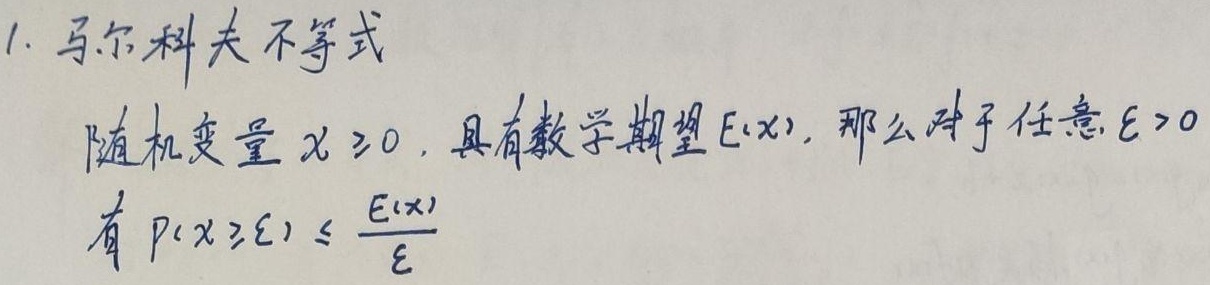
1. 马尔科夫不等式：随机变量 \(X \geq 0\)，具有数学期望 \(E(X)\)，那么对于任意 \(\varepsilon>0\)，有 \(P(X\geq\varepsilon) \leq \frac{E(X)}{\varepsilon}\)